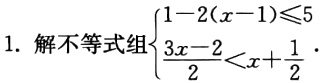
1. 解不等式组\(\begin{cases}1 - 2(x - 1) \leq 5 \\ \dfrac{3x - 2}{2} < x + \dfrac{1}{2} \end{cases}\)